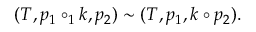
( T , p _ { 1 } \circ _ { 1 } k , p _ { 2 } ) \sim ( T , p _ { 1 } , k \circ p _ { 2 } ) .